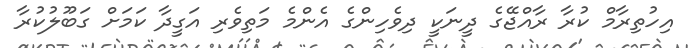
އިހުތިރާމް ކުރާ ރާއްޖޭގެ ދީނަކީ ދިވެހިންގެ އެންމެ މަތިވެރި އަގީދާ ކަމަށް ގަބޫލުކުރާ